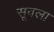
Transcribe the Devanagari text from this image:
सूवला